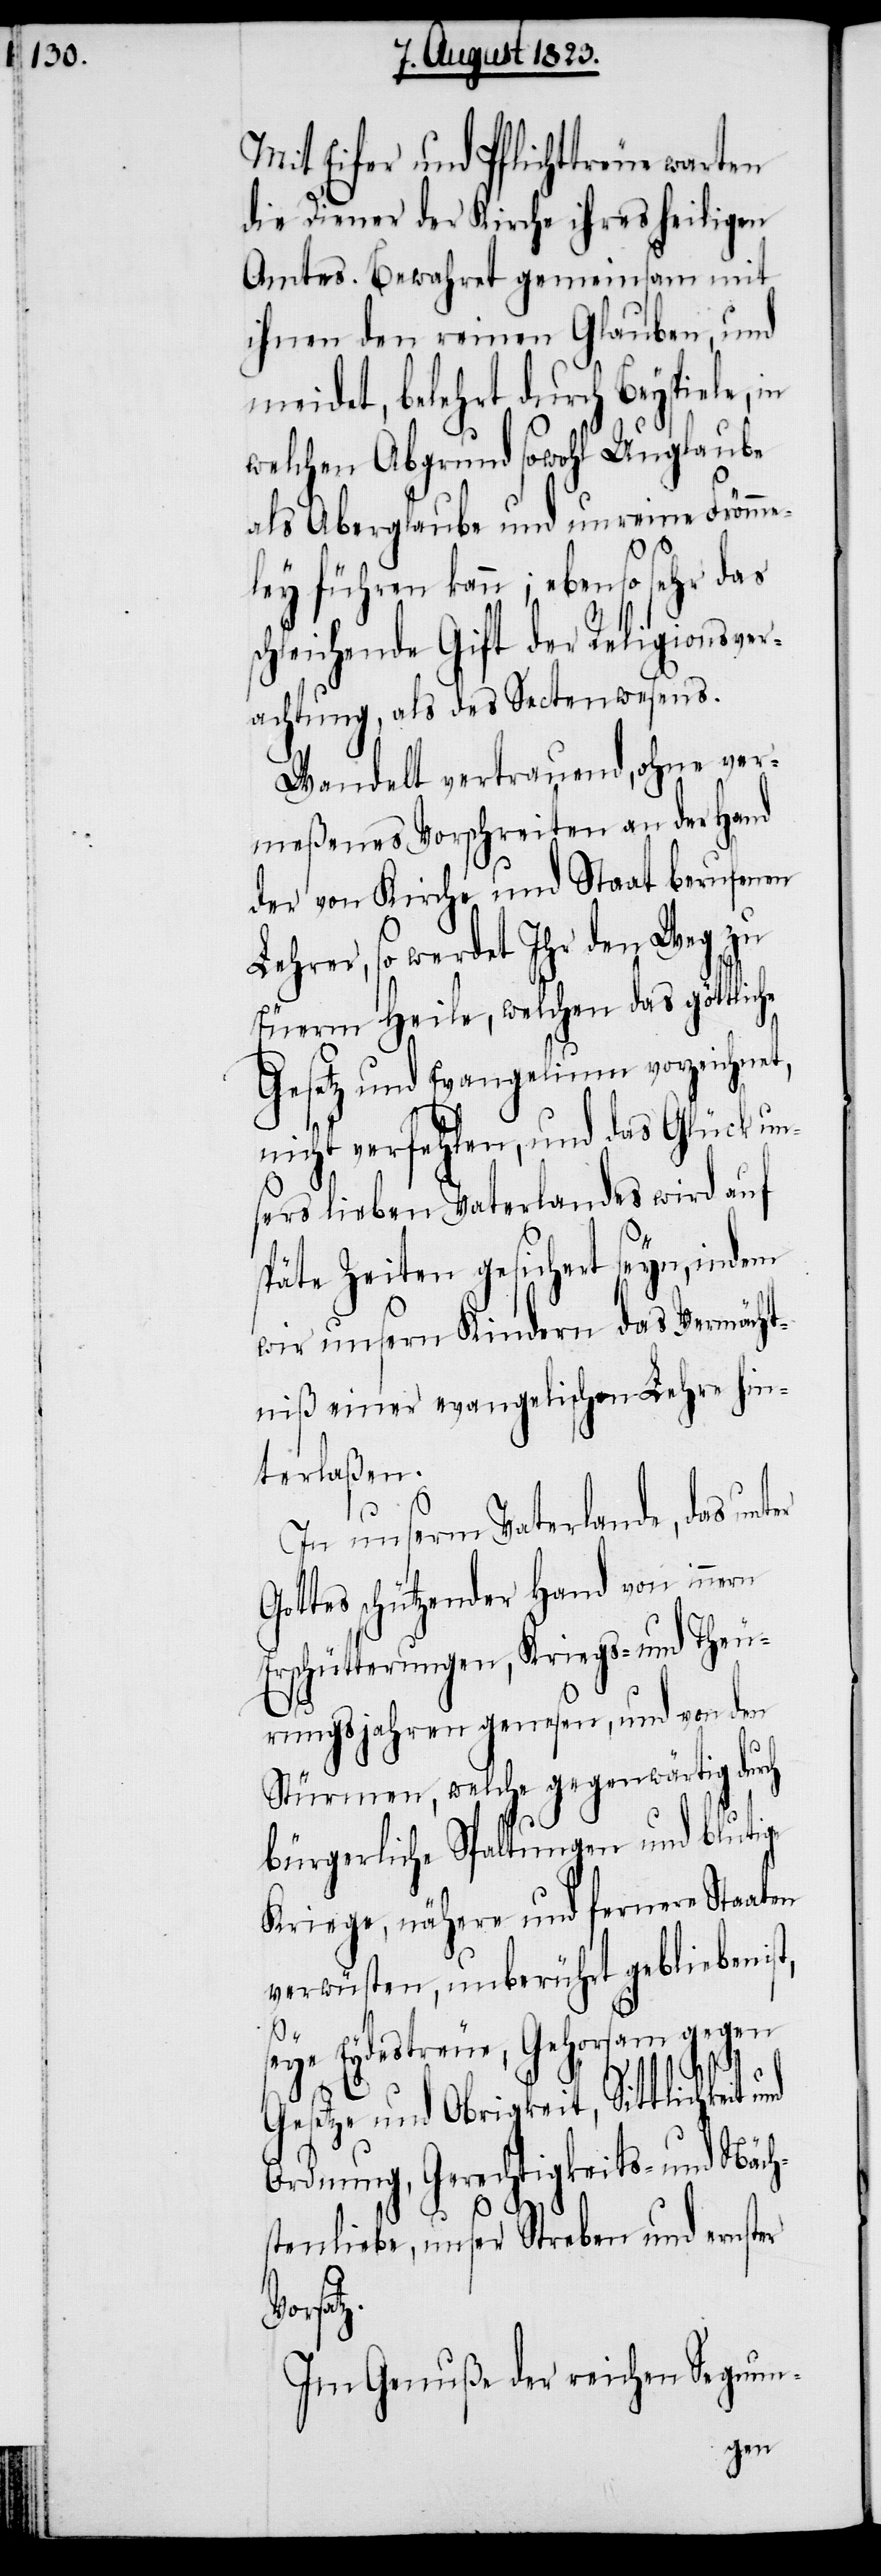
Mit Eifer und Pflichttreue warten
die Diener der Kirche ihres heiligen
Amtes. Bewahret gemeinsam mit
ihnen den reinen Glauben, und
meidet, belehrt durch Beyspiele,
welchen Abgrund sowohl Unglaube
als Aberglaube und unreine Frömme¬
z.
ley führen kann; ebenso sehr das
schleichende Gift der Religionsver¬
achtung, als des Sectenwesens.
Wandelt vertrauend, ohne ver¬
meßenes Vorschreiten an der Hand
der von Kirche und Staat berufenen
Lehrer, so werdet Ihr den Weg zu
Euerm Heile, welchen das göttliche
Gesetz und Evangelium vorzeichnet,
nicht verfehlen, und das Glück un¬
sers lieben Vaterlandes wird auf
späte Zeiten gesichert seyn, indem
wir unsern Kindern das Vermächt¬
niß einer evangelischen Lehre hin¬
terlaßen.
In unserm Vaterlande, das unt¬
Gottes schützender Hand von innern
Erschütterungen, Kriegs- und Theu¬
rungsjahren genesen, und von den
Stürmen, welche gegenwärtig durch
bürgerliche Spaltungen und blutige
Kriege, nähere und fernere Staaten
verwüsten, unberührt geblieben i¬
st,
seye Eydestreue, Gehorsam gegen
er
Gesetze und Obrigkeit, Sittlichkeit
Ordnung, Gerechtigkeits- und Näch¬
stenliebe, unser Streben und ernster
Vorsat¬
Im Genuße der reichen Segnun-